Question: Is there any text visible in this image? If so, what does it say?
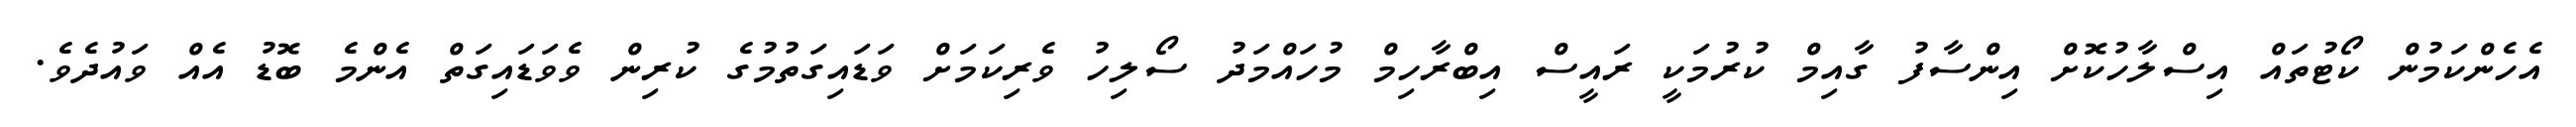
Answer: އެހެންކަމުން ކޯޓުތައް އިސްލާހުކޮށް އިންސާފު ގާއިމް ކުރުމަކީ ރައީސް އިބްރާހިމް މުހައްމަދު ސޯލިހު ވެރިކަމަށް ވަޑައިގަތުމުގެ ކުރިން ވެވަޑައިގަތް އެންމެ ބޮޑު އެއް ވައުދެވެ.